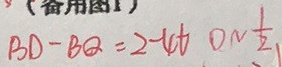
B D - B Q = 2 - 4 t 0 \sim \frac { 1 } { 2 }